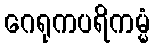
ဂေရုကပရိကမ္မံ